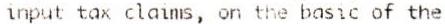
INPUT TAX CLAIMS, ON THE BASIC OF THE